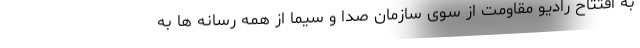
به افتتاح رادیو مقاومت از سوی سازمان صدا و سیما از همه رسانه ها به